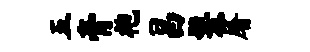
五膏袍昌鬟屠